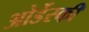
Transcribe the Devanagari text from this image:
ओर्डेस्की